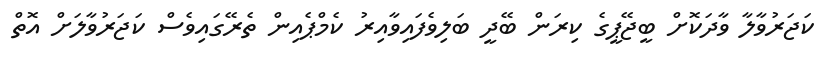
ކަޖަރުވާލާ ވާދަކޮށް ބީޖޭޕީގެ ކިރަން ބޭދީ ބަލިވެފައިވާއިރު ކެމްޕެއިން ތެރޭގައިވެސް ކަޖަރުވާލަށް އޮތް